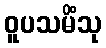
ဝူပသမိံသု